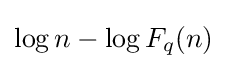
\log n-\log F_{q}(n)